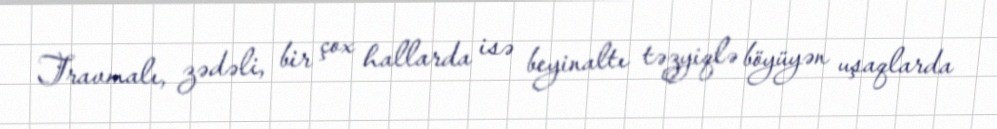
Travmalı, zədəli, bir çox hallarda isə beyinaltı təzyiqlə böyüyən uşaqlarda